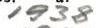
1938